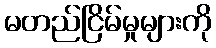
မတည်ငြိမ်မှုများကို